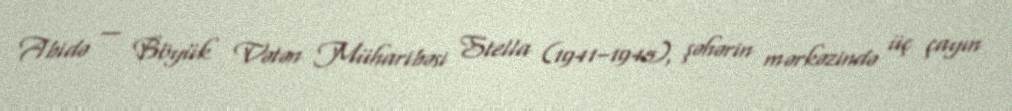
Abidə — Böyük Vətən Müharibəsi Stella (1941–1945), şəhərin mərkəzində üç çayın